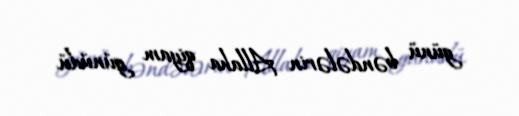
günü bəndələrin Allaha qiyam günüdü.